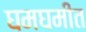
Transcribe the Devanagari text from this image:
घमघमीत